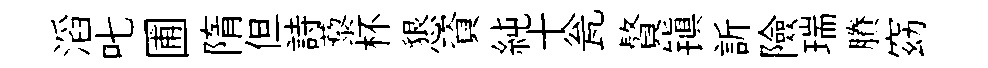
滔叱圃隋但詩藜杯懇資純十瓮贅镇訢險瑞賸窈